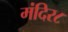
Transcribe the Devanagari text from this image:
मंदिर८